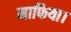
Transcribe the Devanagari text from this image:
माफिया।